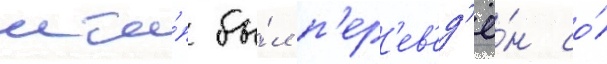
мта́п бы́л п'ер'ев'ед'ё́н со́